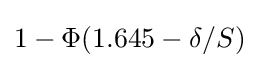
1-\Phi (1.645-\delta /S)